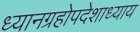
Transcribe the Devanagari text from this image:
ध्यानग्रहोपदेशाध्याय